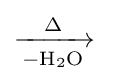
\mathrm {{\xrightarrow[{-H_{2}O}]{\Delta }}\ }